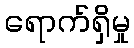
ရောက်ရှိမှု